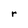
Character: r